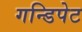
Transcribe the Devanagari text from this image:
गन्डिपेट